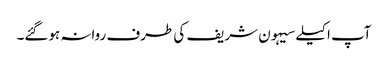
آپ اکیلے سیہون شریف کی طرف روانہ ہوگئے۔